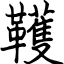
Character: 韄